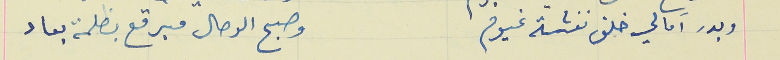
وبدر آمالي خلف نفسَة غيوم                                         وصبح الرحال مبرقع بظلمة بعاد